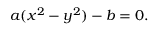
a ( x ^ { 2 } - y ^ { 2 } ) - b = 0 .